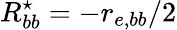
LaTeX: R_{bb}^{\star}=-r_{e,bb}/2